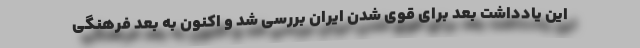
این یادداشت بُعد برای قوی شدن ایران بررسی شد و اکنون به بُعد فرهنگی